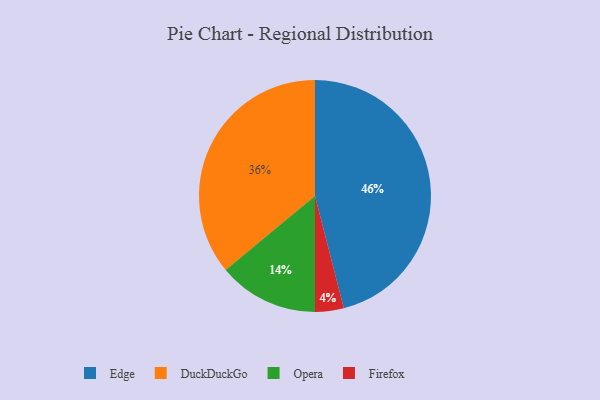
{"axis": {"x": "Category", "y": "Percentage"}, "legend": ["DuckDuckGo", "Edge", "Firefox", "Opera"], "data": [{"x": "DuckDuckGo", "y": 36, "type": "DuckDuckGo"}, {"x": "Opera", "y": 14, "type": "Opera"}, {"x": "Firefox", "y": 4, "type": "Firefox"}, {"x": "Edge", "y": 46, "type": "Edge"}]}